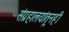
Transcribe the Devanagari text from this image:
संग्रहालयांतूनही